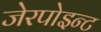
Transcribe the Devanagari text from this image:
जेरपोइन्ट